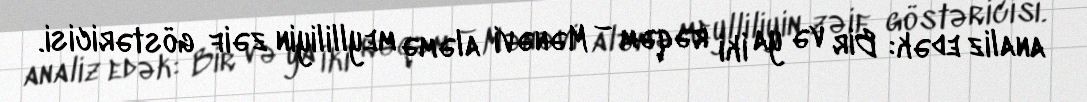
analiz edək: Bir və ya İki rəqəm – Mənəvi aləmə meylliliyin zəif göstəricisi.